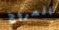
المروج